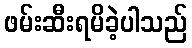
ဖမ်းဆီးရမိခဲ့ပါသည်